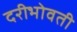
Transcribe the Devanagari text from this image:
दरीभोवती